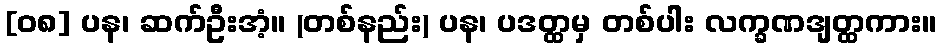
[၀၈] ပန၊ ဆက်ဦးအံ့။ (တစ်နည်း) ပန၊ ပဒတ္ထမှ တစ်ပါး လက္ခဏဒျတ္ထကား။